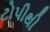
ટોપીથી